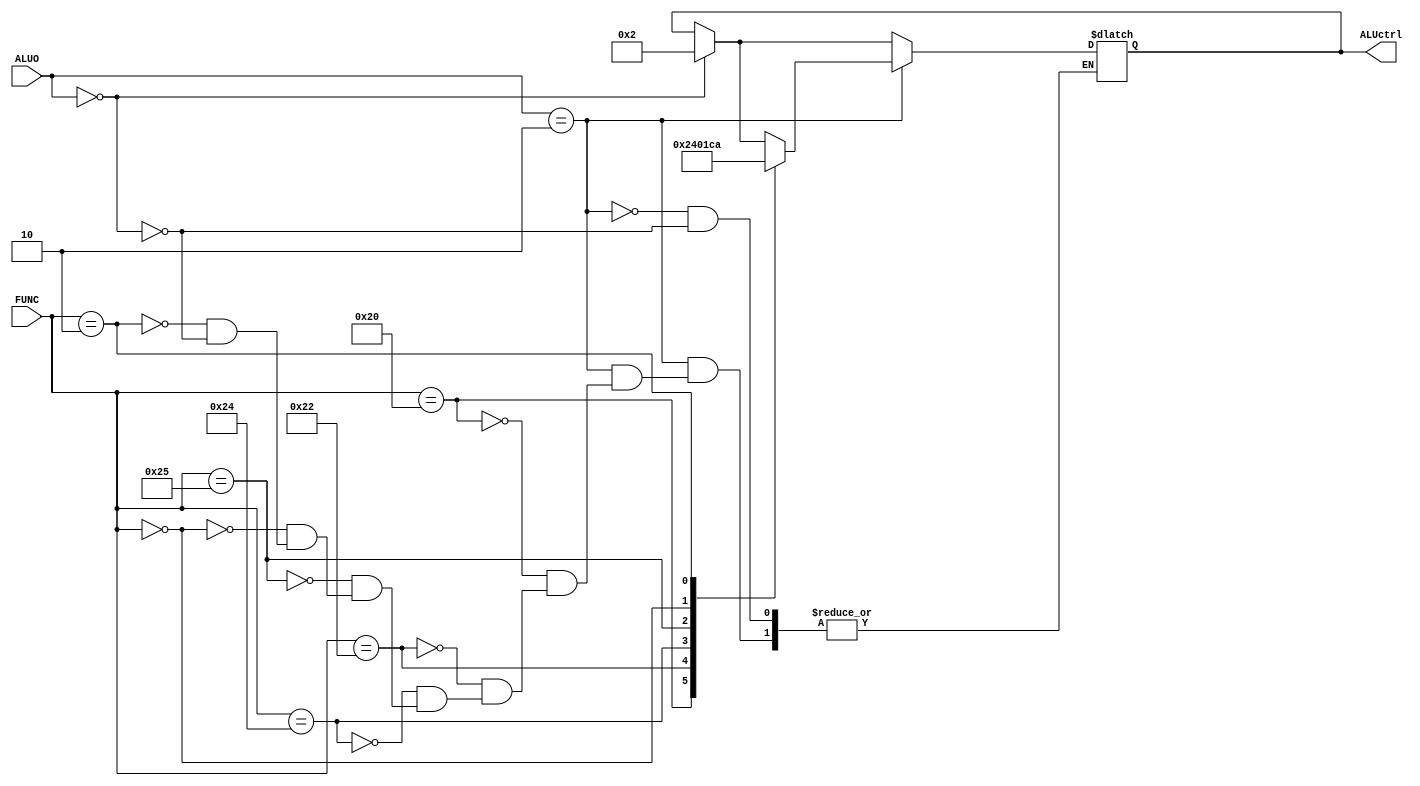
`timescale 1ns / 1ps
//////////////////////////////////////////////////////////////////////////////////
// Company: 
// Engineer: 
// 
// Design Name: 
// Module Name: alu_control
// Project Name: 
// Target Devices: 
// Tool Versions: 
// Description: 
// 
// Dependencies: 
// 
// Revision:
// Revision 0.01 - File Created
// Additional Comments:
// 
//////////////////////////////////////////////////////////////////////////////////


module alu_control(FUNC,ALUO,ALUctrl);
input [5:0] FUNC;
input [1:0] ALUO;
output reg [3:0] ALUctrl;
//output reg ALUSrc;
always @ (*)
begin
if(ALUO==2'b00)
ALUctrl=4'b0010;

if(ALUO==2'b10)
begin
case({FUNC})
6'b100000: ALUctrl=  4'b0010;  
6'b100010: ALUctrl=  4'b0100;  
6'b100100: ALUctrl=  4'b0000;  
6'b100101: ALUctrl=  4'b0001;  
6'b000000: ALUctrl=  4'b1100;  
6'b000010: ALUctrl=  4'b1010;  

endcase
end
end
endmodule